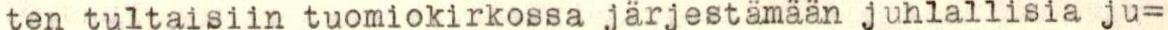
ten tultaisiin tuomiokirkossa järjestämään juhlallisia ju=